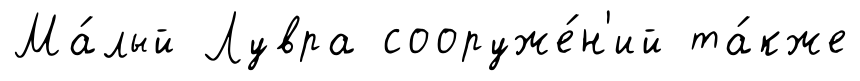
Ма́лый Лувра сооруже́н'ий та́кже